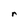
Character: r